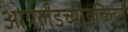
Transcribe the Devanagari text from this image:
आयर्लंडच्याडब्लिन